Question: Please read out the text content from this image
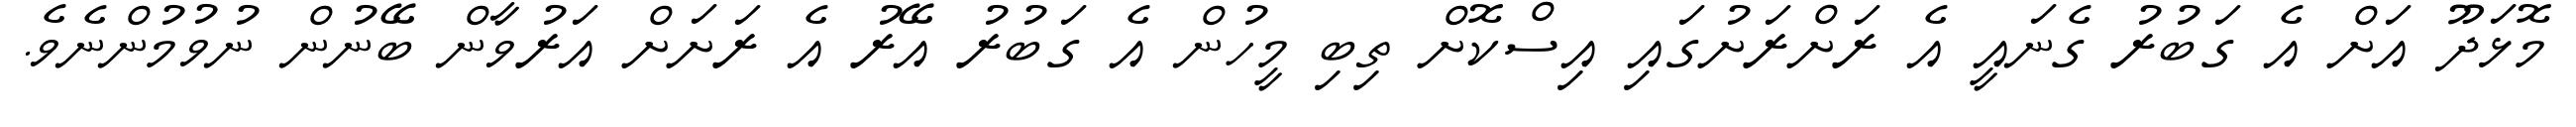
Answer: މޮޅަދޫ އަށް އެ ގަބުރު ގެނައީ އެ ރަށްރަށުގައި އިސްކޮށް ތިބި މީހުން އެ ގަބުރު އޭރު އެ ރަށަށް އަރުވާން ބޭނުން ނުވުމުންނެވެ.